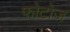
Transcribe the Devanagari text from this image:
फोटोज